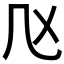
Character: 𠘰